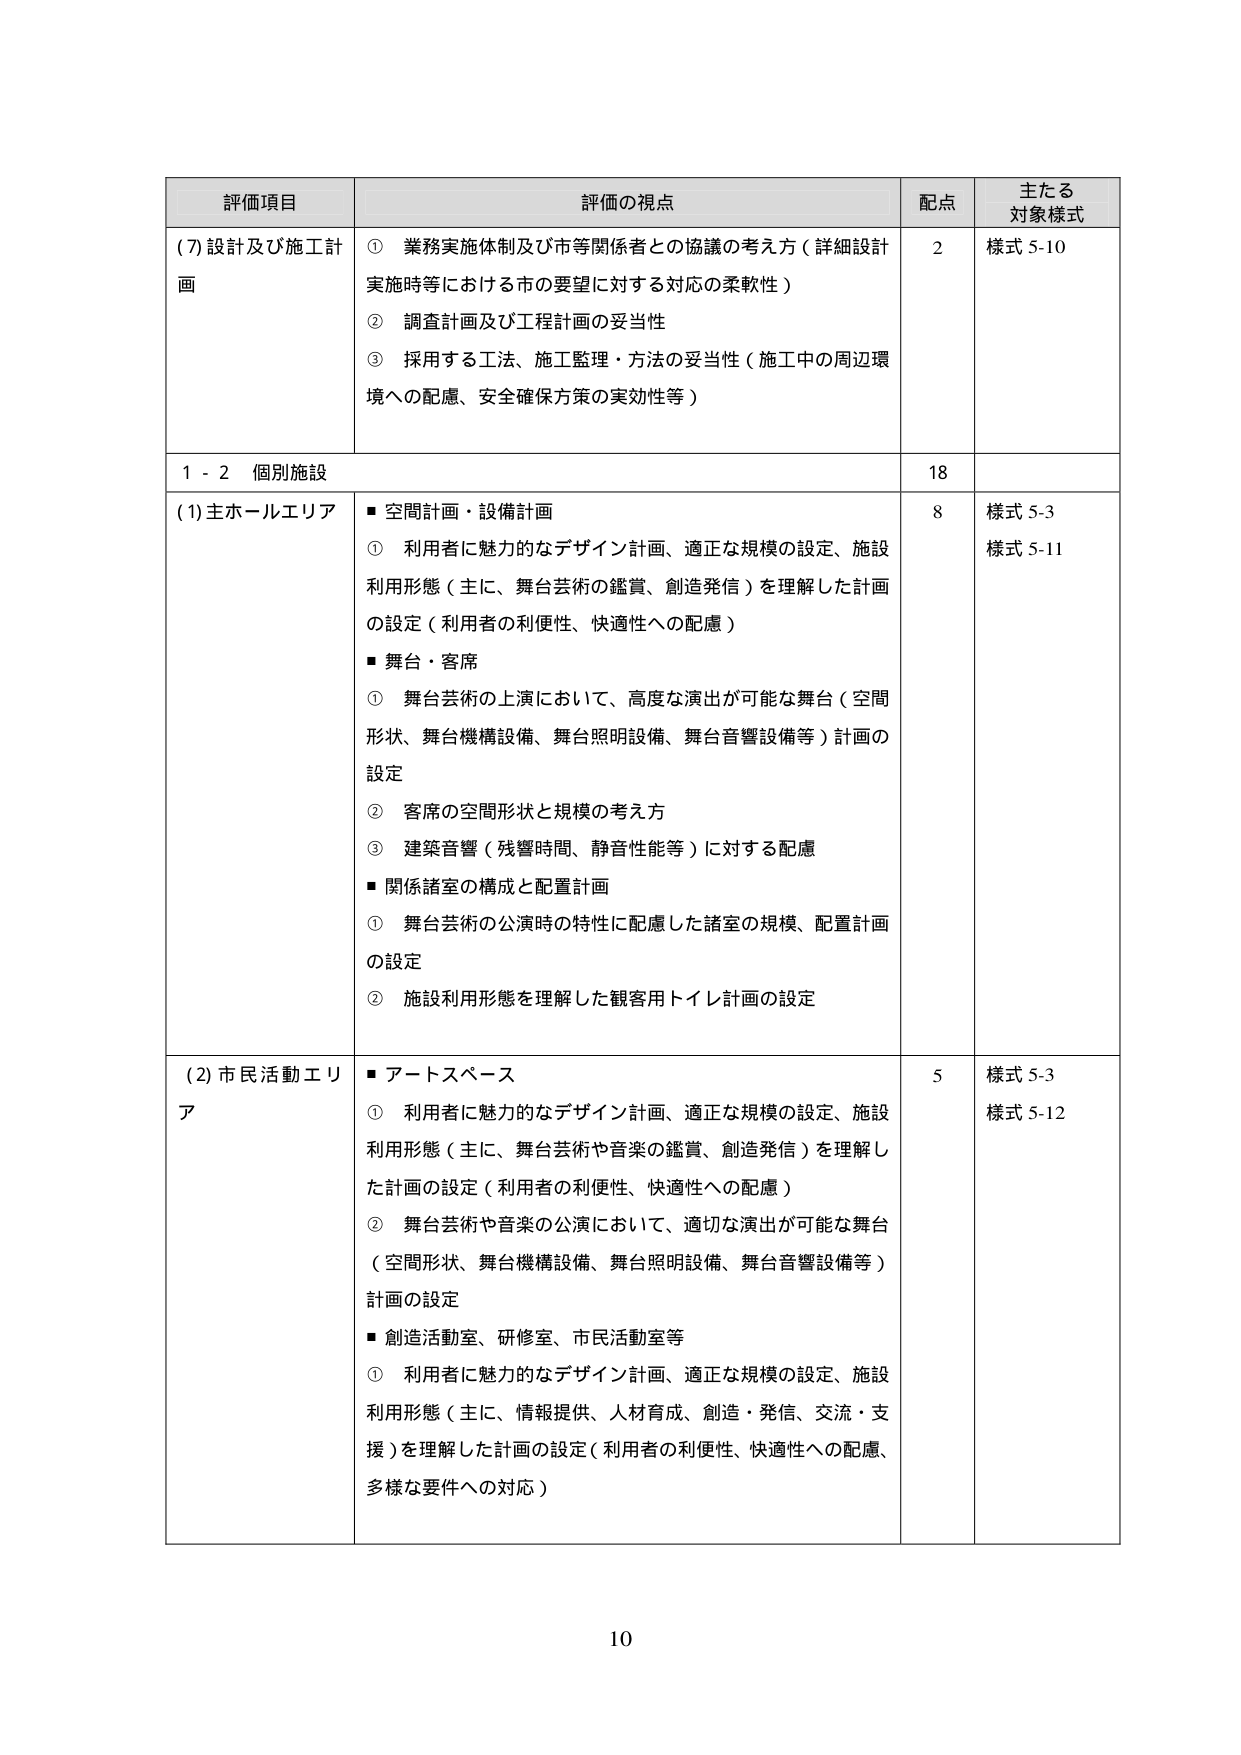
評価項目 評価の視点 配点 主たる対象様式
(7)設計及び施工計画 ① 業務実施体制及び市等関係者との協議の考え方（詳細設計実施時等における市の要望に対する対応の柔軟性） 2 様式 5-10
② 調査計画及び工程計画の妥当性
③ 採用する工法、施工監理・方法の妥当性（施工中の周辺環境への配慮、安全確保方策の実効性等）
1 - 2 個別施設 18
(1)主ホールエリア ■空間計画・設備計画 8 様式 5-3
① 利用者に魅力的なデザイン計画、適正な規模の設定、施設利用形態（主に、舞台芸術の鑑賞、創造発信）を理解した計画の設定（利用者の利便性、快適性への配慮）
■舞台・客席
① 舞台芸術の上演において、高度な演出が可能な舞台（空間形状、舞台機構設備、舞台照明設備、舞台音響設備等）計画の設定
② 客席の空間形状と規模の考え方
③ 建築音響（残響時間、静音性能等）に対する配慮
■関係諸室の構成と配置計画
① 舞台芸術の公演時の特性に配慮した諸室の規模、配置計画の設定
② 施設利用形態を理解した観客用トイレ計画の設定
(2)市民活動エリア ■アートスペース 5 様式 5-3
① 利用者に魅力的なデザイン計画、適正な規模の設定、施設利用形態（主に、舞台芸術や音楽の鑑賞、創造発信）を理解した計画の設定（利用者の利便性、快適性への配慮）
② 舞台芸術や音楽の公演において、適切な演出が可能な舞台（空間形状、舞台機構設備、舞台照明設備、舞台音響設備等）計画の設定
■創造活動室、研修室、市民活動室等
① 利用者に魅力的なデザイン計画、適正な規模の設定、施設利用形態（主に、情報提供、人材育成、創造・発信、交流・支援）を理解した計画の設定（利用者の利便性、快適性への配慮、多様な要件への対応）
10